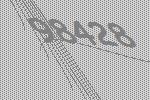
98428